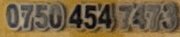
0750 454 7473